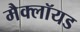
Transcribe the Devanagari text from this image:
मैक्लॉयड